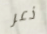
ذعر